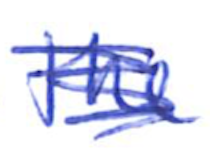
Text: the
Cross-out: mix
Writing tool: ballpoint